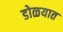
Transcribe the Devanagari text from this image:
डोळयात